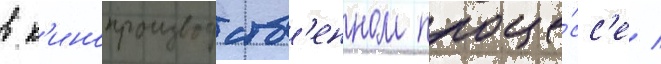
в к'инопроизводств'енном проце́сс'е /